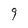
Character: 9